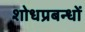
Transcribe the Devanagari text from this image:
शोधप्रबन्धों